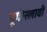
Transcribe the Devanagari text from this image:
यूगोस्लावी